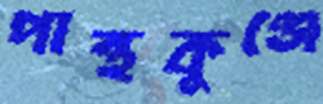
পান্থকুঞ্জে